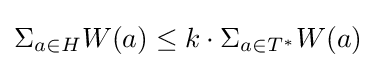
\Sigma _{a\in H}W(a)\leq k\cdot \Sigma _{a\in T^{*}}W(a)